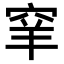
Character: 𥥵